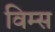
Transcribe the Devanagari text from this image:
विम्स